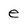
Character: e